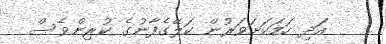
އަދި ހަމަކަށަވަރުން ކަލޭގެފާނުގެ ކުރިންވެސް